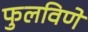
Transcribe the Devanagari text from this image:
फुलविणे